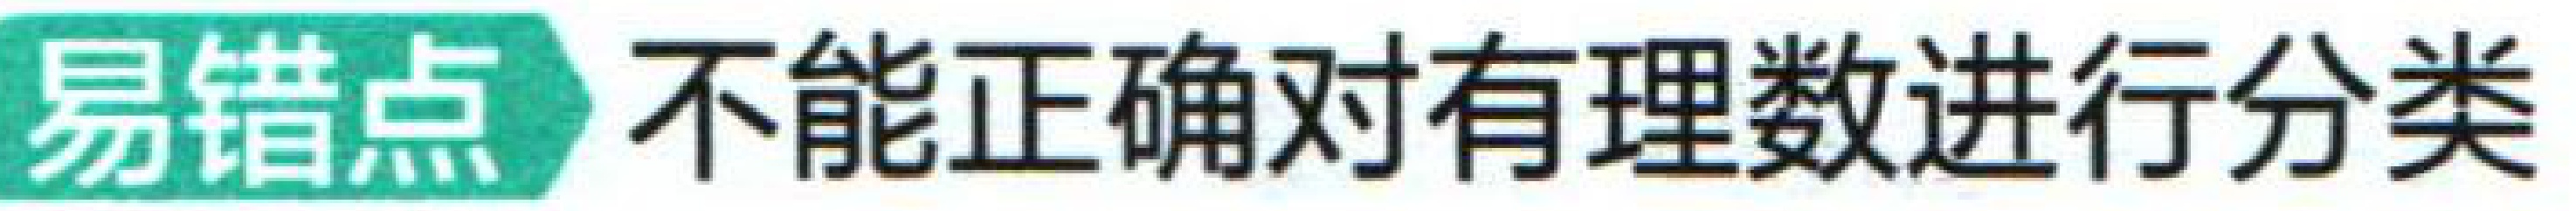
易错点 不能正确对有理数进行分类